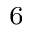
_ 6